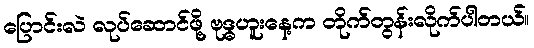
ပြောင်းလဲ လုပ်ဆောင်ဖို့ ဗုဒ္ဓဟူးနေ့က တိုက်တွန်းလိုက်ပါတယ်။